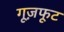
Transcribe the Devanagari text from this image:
गूज़फूट